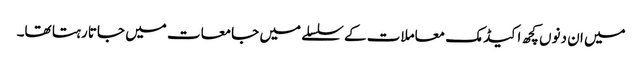
میں ان دنوں کچھ اکیڈمک معاملات کے سلسلے میں جامعات میں جاتا رہتا تھا۔